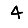
Digit: 4